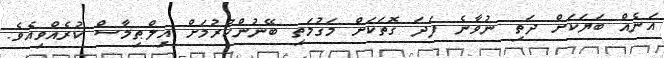
އަނެއް ބަޔަކަށް ދަތި ނުވާނެ ފަދަ ގޮތަކަށް މަގުމަތި ބޭނުންކުރުމަށް އިލްޠިމާސް ކުރެއްވިއެވެ.